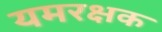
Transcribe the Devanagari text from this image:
यमरक्षक